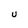
Character: u